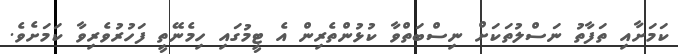
ކަމަށާއި ތަފާތު ނަސްލުތަކަށް ނިސްބަތްވާ ކުޅުންތެރިން އެ ޓީމުގައި ހިމެނޭތީ ފަހުރުވެރިވާ ކަމަށެވެ.